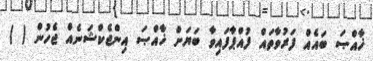
ޚާއްޞަ ބައެއް ފަރުވާތައް ފުއްޕާފައިވާ ބަޔަށް ޚާއްޞަ އިންޖެކްޝަނެއް ޖެހުން ( )